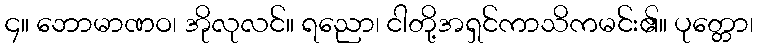
၄။ ဘောမာဏဝ၊ အိုလုလင်။ ရညော၊ ငါတို့အရှင်ကာသိကမင်း၏။ ပုတ္တော၊